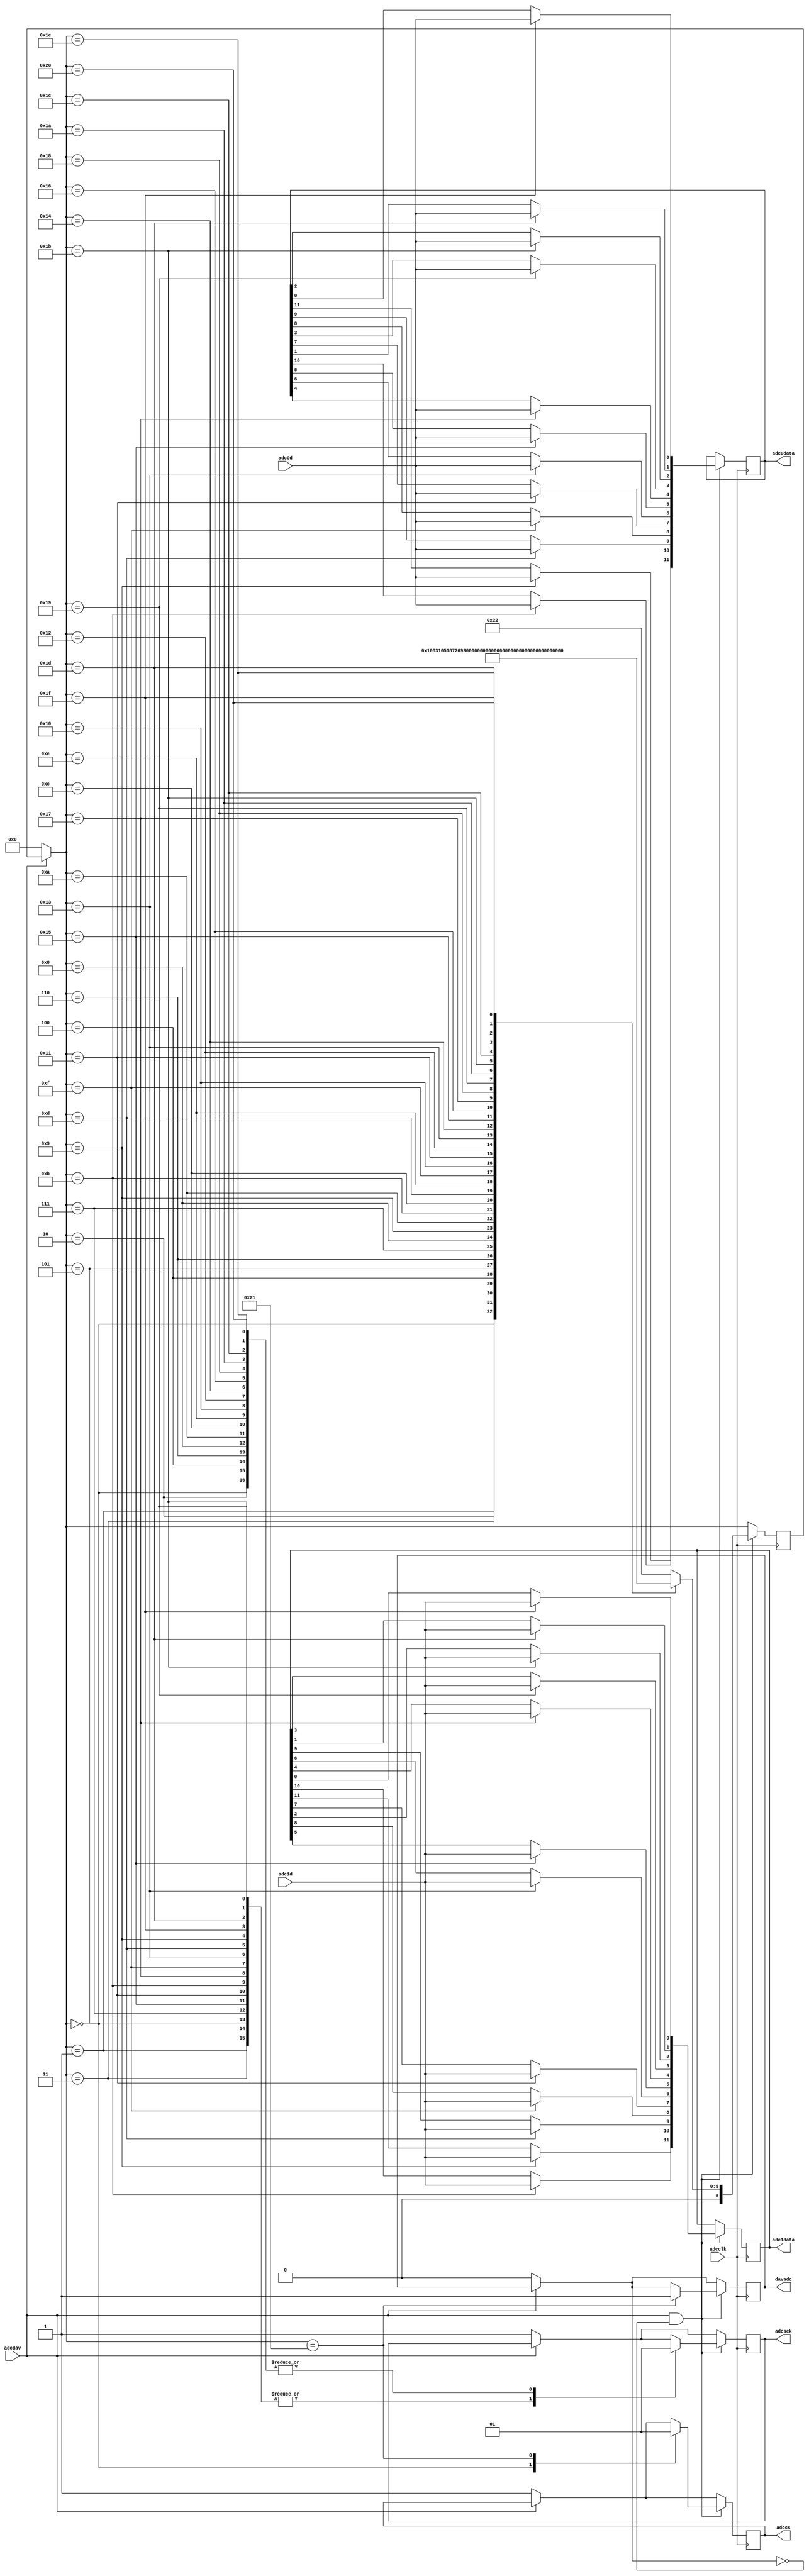
// Analog-to-Digital Converter ad1adc.v
// c 2012 Embedded Design using Programmable Gate Arrays  Dennis Silage

module ad1adc(input adcclk, adcdav, output reg davadc=0,
			     output reg [11:0] adc0data, output reg [11:0] adc1data,
				  output reg adcsck, input adc0d, adc1d, output reg adccs=1);

reg [6:0] adcstate=0;

always@(posedge adcclk)
	begin
		if (adcdav==0)
			begin
				adcstate=0;
				adcsck=1;
				adccs=1;
				davadc=0;	// ADC data NAK
			end
			
		if (adcdav==1 && davadc==0)
			begin
				case (adcstate)
				0: begin
						adccs=0;		// ADC chip select
						adcsck=1;
						adcstate=1;
					end
				1: begin
						adcsck=0;	// 1  X
						adcstate=2;
					end
				2: begin
						adcsck=1;
						adcstate=3;
					end
				3: begin
						adcsck=0;	// 2  X
						adcstate=4;
					end
				4: begin
						adcsck=1;
						adcstate=5;
					end
				5: begin
						adcsck=0;	// 3  X  
						adcstate=6;
					end			
				6: begin
						adcsck=1;
						adcstate=7;
					end
				7: begin
						adcsck=0;	// 4  x
						adcstate=8;
					end			
				8: begin
						adcsck=1;
						adcstate=9;
					end
				9: begin
						adcsck=0;
						adc0data[11]=adc0d;
						adc1data[11]=adc1d;
						adcstate=10;
					end			
				10: begin
						adcsck=1;
						adcstate=11;
					end
				11: begin
						adcsck=0;
						adc0data[10]=adc0d;
						adc1data[10]=adc1d;
						adcstate=12;
					end			
				12: begin
						adcsck=1;
						adcstate=13;
					end
				13: begin
						adcsck=0;
						adc0data[9]=adc0d;
						adc1data[9]=adc1d;
						adcstate=14;
					end			
				14: begin
						adcsck=1;
						adcstate=15;
					end
				15: begin
						adcsck=0;
						adc0data[8]=adc0d;
						adc1data[8]=adc1d;
						adcstate=16;
					end			
				16: begin
						adcsck=1;
						adcstate=17;
					end
				17: begin
						adcsck=0;
						adc0data[7]=adc0d;
						adc1data[7]=adc1d;
						adcstate=18;
					end			
				18: begin
						adcsck=1;
						adcstate=19;
					end
				19: begin
						adcsck=0;
						adc0data[6]=adc0d;
						adc1data[6]=adc1d;
						adcstate=20;
					end			
				20: begin
						adcsck=1;
						adcstate=21;
					end
				21: begin
						adcsck=0;
						adc0data[5]=adc0d;
						adc1data[5]=adc1d;
						adcstate=22;
					end								
				22: begin
						adcsck=1;
						adcstate=23;
					end
				23: begin
						adcsck=0;
						adc0data[4]=adc0d;
						adc1data[4]=adc1d;
						adcstate=24;
					end			
				24: begin
						adcsck=1;
						adcstate=25;
					end
				25: begin
						adcsck=0;
						adc0data[3]=adc0d;
						adc1data[3]=adc1d;
						adcstate=26;
					end								
				26: begin
						adcsck=1;
						adcstate=27;
					end
				27: begin
						adcsck=0;
						adc0data[2]=adc0d;
						adc1data[2]=adc1d;
						adcstate=28;
					end		
				28: begin
						adcsck=1;
						adcstate=29;
					end
				29: begin
						adcsck=0;
						adc0data[1]=adc0d;
						adc1data[1]=adc1d;
						adcstate=30;
					end								
				30: begin
						adcsck=1;
						adcstate=31;
					end
				31: begin
						adcsck=0;
						adc0data[0]=adc0d;
						adc1data[0]=adc1d;
						adcstate=32;
					end			
				32: begin
						adcsck=1;
						adcstate=33;
					end
				33: begin
						adccs=1;
						davadc=1;
						adcstate=34;
					end								
				34: adcstate=34;
				default: adcstate=34;
			endcase
		end
	end
endmodule